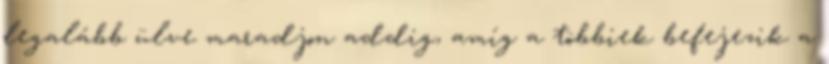
legalább ülve maradjon addig, amíg a többiek befejezik a